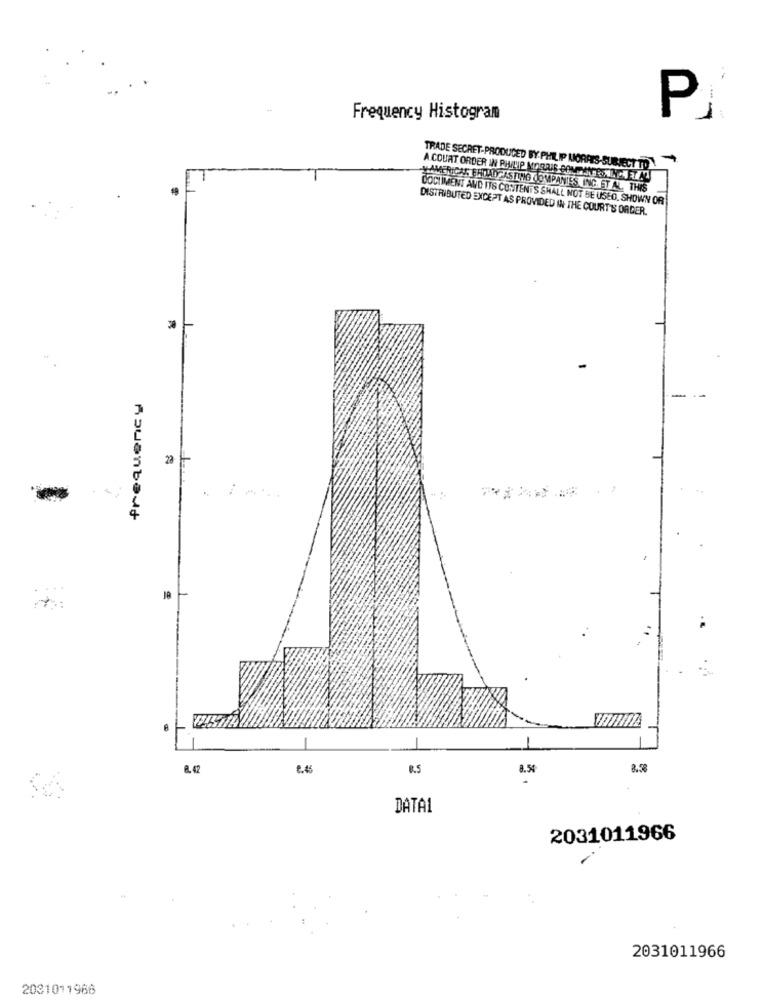
P
Frequency Histogram
TRADE SECRET-PRODUCED BY PHILIP LIORAES-SUBJECT TO
A COURT ORDER IN RIVLIP MORRIS SON ANYROAD. ETAL
YAMERICAN BATTAL ASTING COMPANIES, ING. ET AL. THIS
DOCUMENT AND ITS CONTENTS SHALL NOT BE USED. SHOWN OR
DISTRIBUTED EXCEPT AS PROVIDED IN THE COURT'S ORGER.
frequency
-
22
8.42
6.45
0.5
8.58
8.50
DATAL
2031011966
2031011966
2031011966